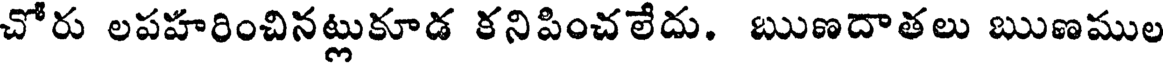
చోరు లపహరించినట్లుకూడ కనిపించలేదు. ఋణదాతలు ఋణముల